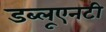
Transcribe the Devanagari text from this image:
डब्लूएनटी